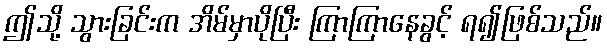
ဤသို့ သွားခြင်းက အိမ်မှာပိုပြီး ကြာကြာနေခွင့် ရ၍ဖြစ်သည်။